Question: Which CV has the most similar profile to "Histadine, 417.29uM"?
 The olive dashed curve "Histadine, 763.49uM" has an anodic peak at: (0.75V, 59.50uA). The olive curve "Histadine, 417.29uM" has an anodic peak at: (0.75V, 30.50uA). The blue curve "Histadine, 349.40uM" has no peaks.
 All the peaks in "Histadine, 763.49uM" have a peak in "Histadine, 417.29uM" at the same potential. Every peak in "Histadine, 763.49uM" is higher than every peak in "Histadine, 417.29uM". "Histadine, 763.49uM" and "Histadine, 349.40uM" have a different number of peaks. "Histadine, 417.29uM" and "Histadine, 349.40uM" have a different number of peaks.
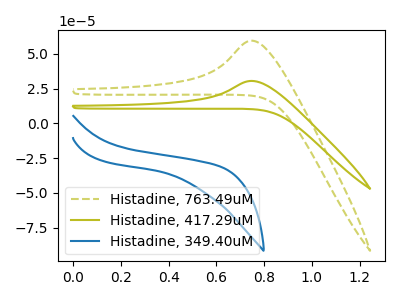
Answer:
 <answer>The CV with the most similar shape to "Histadine, 763.49uM" is "Histadine, 417.29uM".</answer>
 <eval>"Histadine, 417.29uM"</eval>